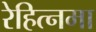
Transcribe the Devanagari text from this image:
रेहित्नमा